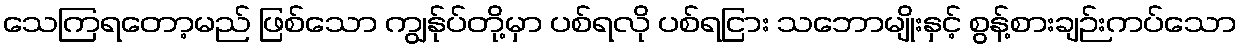
သေကြရတော့မည် ဖြစ်သော ကျွန်ုပ်တို့မှာ ပစ်ရလို ပစ်ရငြား သဘောမျိုးနှင့် စွန့်စားချဉ်းကပ်သော